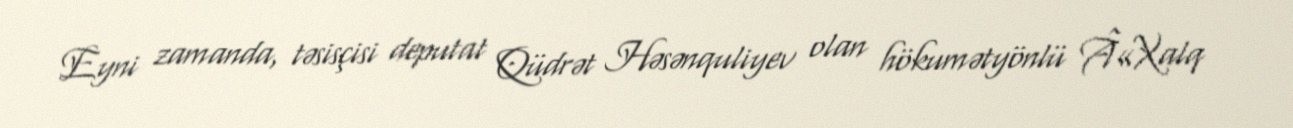
Eyni zamanda, təsisçisi deputat Qüdrət Həsənquliyev olan hökumətyönlü Â«Xalq